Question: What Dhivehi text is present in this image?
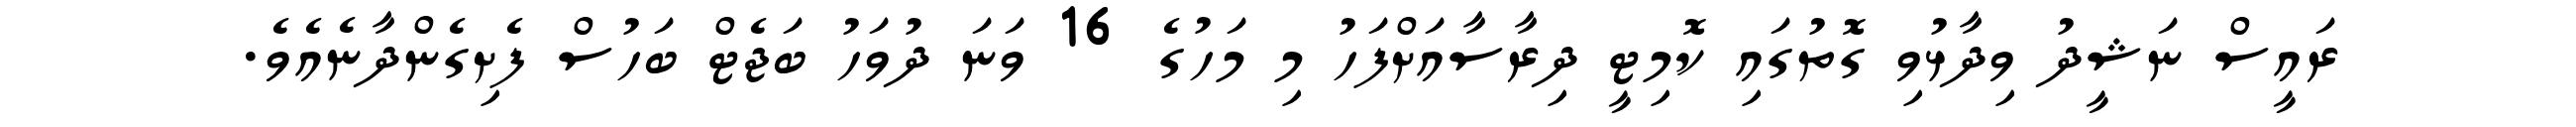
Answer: ރައީސް ނަޝީދު ވިދާޅުވި ގޮތުގައި ކޮމިޓީ ދިރާސާއަށްފަހު މި މަހުގެ 16 ވަނަ ދުވަހު ބަޖެޓް ބަހުސް ފެށިގެންދާނެއެވެ.